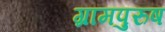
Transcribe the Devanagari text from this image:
ग्रामपुरुष